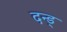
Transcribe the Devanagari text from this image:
दन्ड्